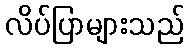
လိပ်ပြာများသည်